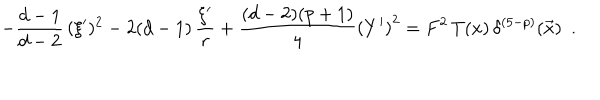
LaTeX: - \frac { d - 1 } { d - 2 } \, ( \xi ^ { \prime } ) ^ { 2 } - 2 ( d - 1 ) \, \frac { \xi ^ { \prime } } { r } + \frac { ( d - 2 ) ( p + 1 ) } { 4 } \left( Y ^ { \prime } \right) ^ { 2 } = F ^ { 2 } \, T ( x ) \, \delta ^ { ( 5 - p ) } ( \vec { x } ) ~ ~ .